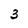
Character: 3